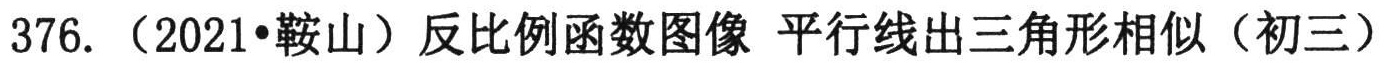
376. （2021•鞍山）反比例函数图像 平行线出三角形相似（初三）